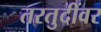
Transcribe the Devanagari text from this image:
तरतुदींवर